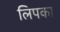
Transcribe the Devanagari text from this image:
लिपका